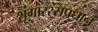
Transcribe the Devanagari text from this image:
शृंगाररसप्रधान